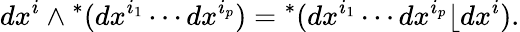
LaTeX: dx^{i}\wedge{}^{*}(dx^{i_{1}}\cdots dx^{i_{p}})={}^{*}(dx^{i_{1}}\cdots dx^{i_{p}}\lfloor dx^{i}).